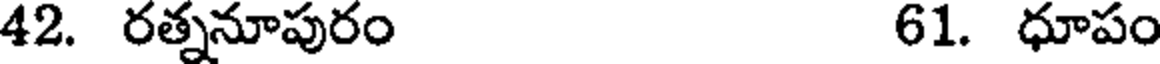
42. రత్ననూపురం 61. ధూపం